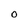
Character: O